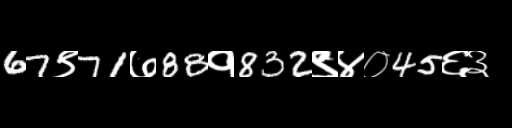
Text: 67९71७88१832९४०45६३